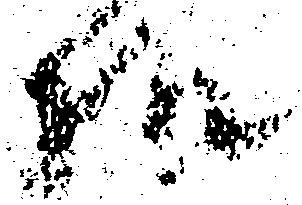
様